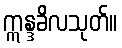
ဣန္ဒခိလသုတ်။